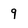
Character: 9